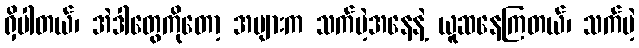
ရှိပါတယ်၊ အဲဒါတွေကိုတော့ အများက သက်မဲ့အနေနဲ့ ယူဆနေကြတယ်၊ သက်မဲ့